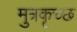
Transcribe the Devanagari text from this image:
मुत्रकृच्छ